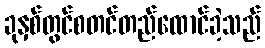
ခုနှစ်တွင်စတင်တည်ထောင်ခဲ့သည်